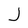
Character: J